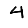
Digit: 4